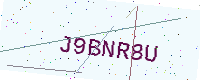
Text: J9BNR8U